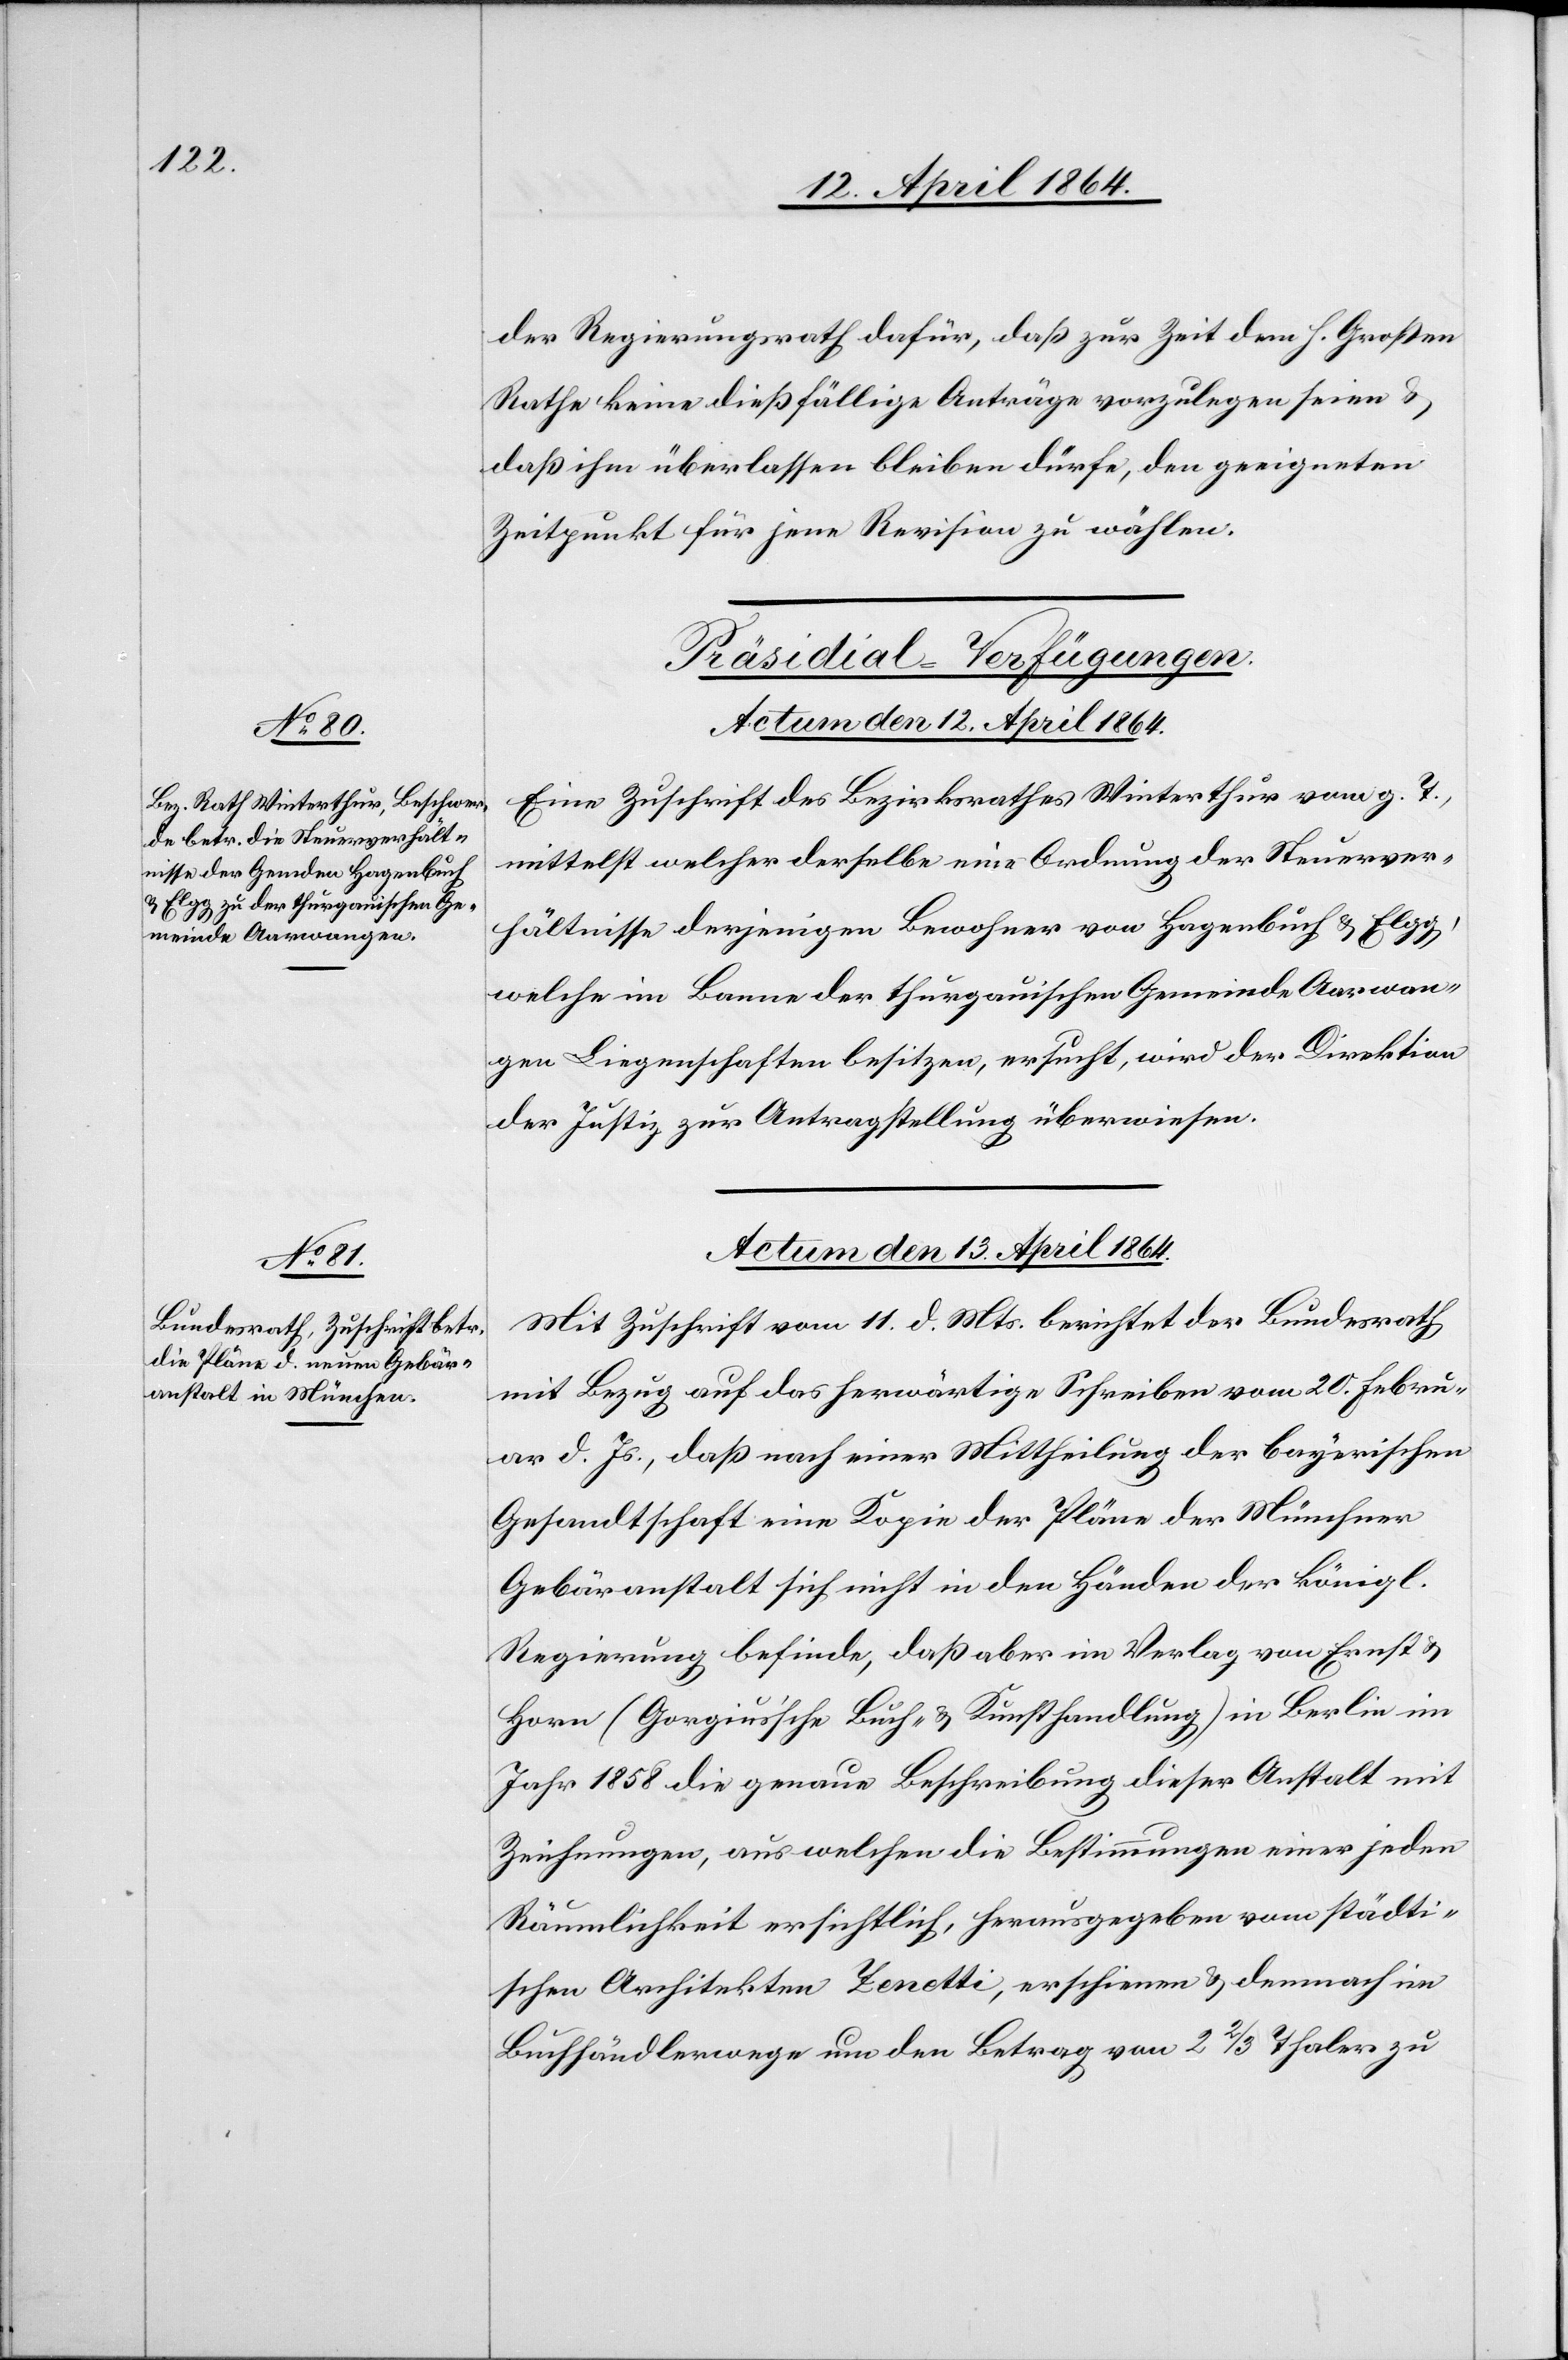
der Regierungsrath dafür, daß zur Zeit dem h. Großen
Rathe keine dießfällige Anträge vorzulegen seien u.
daß ihm überlassen bleiben dürfe, den geeigneten
Zeitpunkt für jene Revision zu wählen.
[Präsidial-Verfügungen.]
Actum den 12. April 1864.
Eine Zuschrift des Bezirksrathes Winterthur vom g. T.,
mittelst welcher derselbe eine Ordnung der Steuerver¬
hältnisse derjenigen Bewohner von Hagenbuch u. Elgg,
welche im Banne der thurgauischen Gemeinde Aarwan¬
gen Liegenschaften besitzen, ersucht, wird der Direktion
der Justiz zur Antragstellung überwiesen.
Actum den 13. April 1864.
Mit Zuschrift vom 11. d. Mts. berichtet der Bundesrath
mit Bezug auf das herwärtige Schreiben vom 20. Febru¬
ar d. Js., daß nach einer Mittheilung der bayerischen
Gesandtschaft eine Kopie der Pläne der Münchner
Gebäranstalt sich nicht in den Händen der königl.
Regierung befinde, daß aber im Verlag von Ernst u.
Horn (Gorgius’sche Buch- u. Kunsthandlung) in Berlin im
Jahre 1858 die genaue Beschreibung dieser Anstalt mit
Zeichnungen, aus welchen die Bestimmungen einer jeden
Räumlichkeit ersichtlich, herausgegeben vom städti¬
schen Architekten Zenotti, erschienen u. demnach im
Buchhändlerwege um den Betrag von 2 2/3 Thaler zu